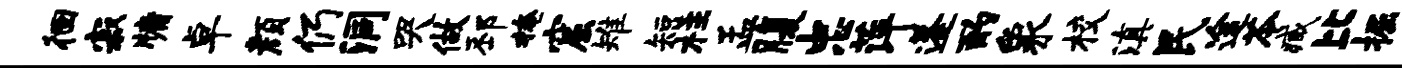
徊寂牖卓颜仍洞哭做邳掩窟雉短柱孟腹忠萍蓬酌象校滇民途苓臧比掘